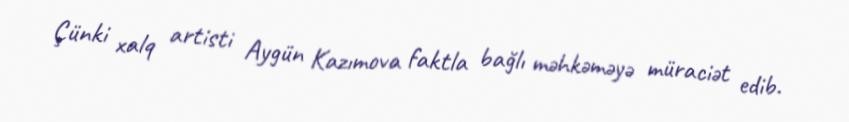
Çünki xalq artisti Aygün Kazımova faktla bağlı məhkəməyə müraciət edib.